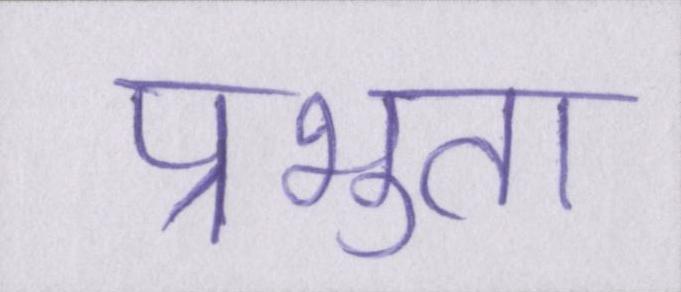
प्रभुता